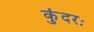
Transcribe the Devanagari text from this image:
कुंदरः